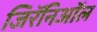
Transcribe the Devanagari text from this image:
जिरॅनिऑल